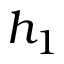
h _ { 1 }